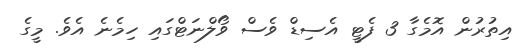
އިތުރުން އޮމެގާ 3 ފެޓީ އެސިޑް ވެސް ވޯލްނަޓްގައި ހިމެނެ އެވެ. މީގެ